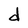
Character: d